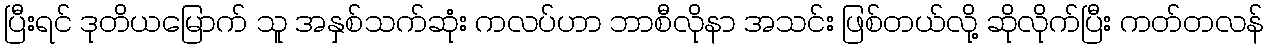
ပြီးရင် ဒုတိယမြောက် သူ အနှစ်သက်ဆုံး ကလပ်ဟာ ဘာစီလိုနာ အသင်း ဖြစ်တယ်လို့ ဆိုလိုက်ပြီး ကတ်တလန်